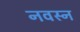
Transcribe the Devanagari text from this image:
नवरर्‍न